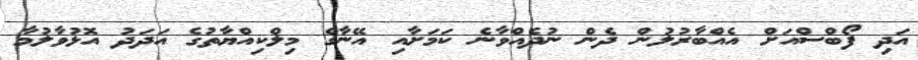
އަދި ފޯބްސްއަށް އެއްބާރުލުން ދެން ނުދެއްވާނެ ކަމަށާއި އޭނާގެ މިލްކިއްޔާތުގެ އަދަދު އޮޅުވާލުމާ